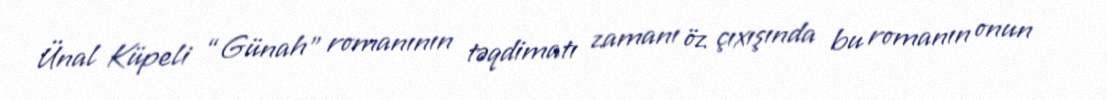
Ünal Küpeli “Günah” romanının təqdimatı zamanı öz çıxışında bu romanın onun